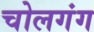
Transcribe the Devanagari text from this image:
चोलगंग